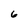
Character: 6